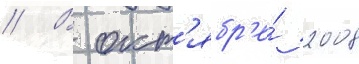
// В окт'ябр'е́ 2008